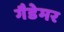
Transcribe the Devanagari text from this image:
गैडेमर